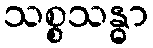
သစ္စသန္ဓာ